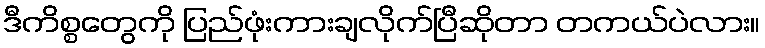
ဒီကိစ္စတွေကို ပြည်ဖုံးကားချလိုက်ပြီဆိုတာ တကယ်ပဲလား။